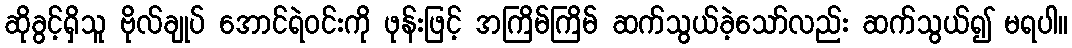
ဆိုခွင့်ရှိသူ ဗိုလ်ချုပ် အောင်ရဲဝင်းကို ဖုန်းဖြင့် အကြိမ်ကြိမ် ဆက်သွယ်ခဲ့သော်လည်း ဆက်သွယ်၍ မရပါ။